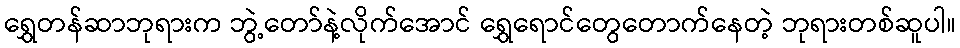
ရွှေတန်ဆာဘုရားက ဘွဲ့တော်နဲ့လိုက်အောင် ရွှေရောင်တွေတောက်နေတဲ့ ဘုရားတစ်ဆူပါ။